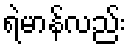
ရဲမာန်လည်း